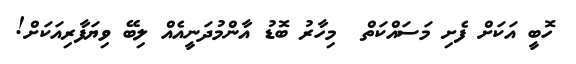
ހޮބީ އަކަށް ފެށި މަސައްކަތް  މިހާރު ބޮޑު އާންމުދަނީއެއް ލިބޭ ވިޔަފާރިއަކަށް!